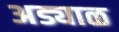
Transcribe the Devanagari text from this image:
अड्याळ